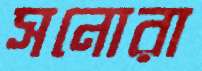
সনোরা